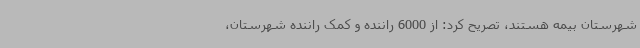
شهرستان بیمه هستند، تصریح کرد: از 6000 راننده و کمک راننده شهرستان،